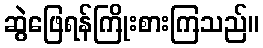
ဆွဲဖြေရန်ကြိုးစားကြသည်။